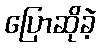
ပြောဆိုခဲ့